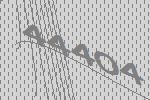
44404